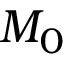
M _ { 0 }